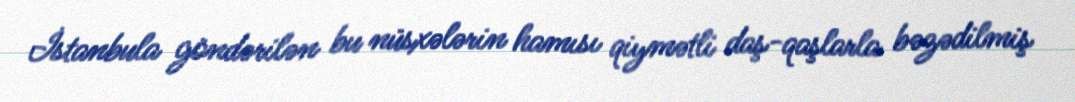
İstanbula göndərilən bu nüsxələrin hamısı qiymətli daş-qaşlarla bəzədilmiş